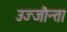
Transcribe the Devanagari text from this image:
उज्‍जौन्ता